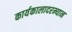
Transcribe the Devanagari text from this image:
कार्यकालादरम्यान